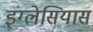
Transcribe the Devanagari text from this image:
इंग्लेसियास